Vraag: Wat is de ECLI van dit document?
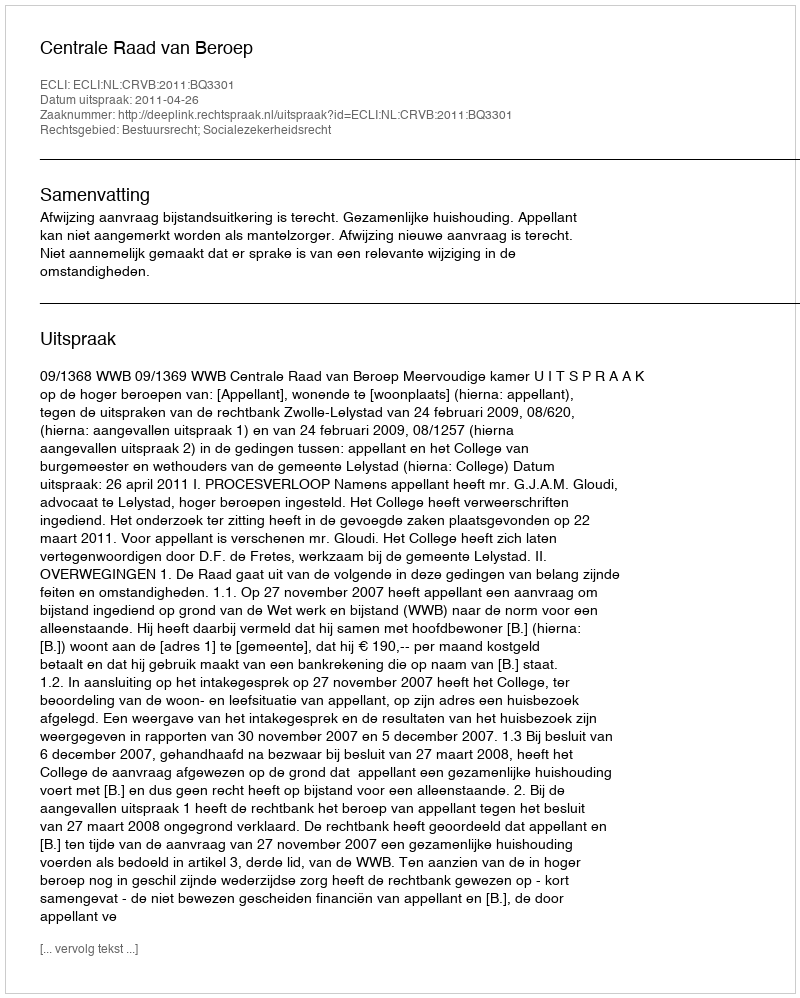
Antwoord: ECLI:NL:CRVB:2011:BQ3301